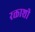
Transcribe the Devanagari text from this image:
रक्ताशी